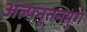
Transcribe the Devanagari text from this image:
अल्पनूतनयुग